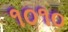
૧૦૧૦